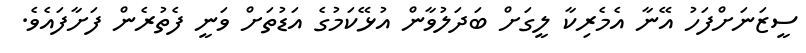
ސީޒަނަށްފަހު އޭނާ އެމެރިކާ ލީގަށް ބަދަލުވާން އުޅޭކަމުގެ އަޑުތަށް ވަނީ ފެތުރެން ފަށާފައެވެ.